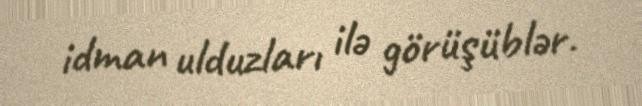
idman ulduzları ilə görüşüblər.